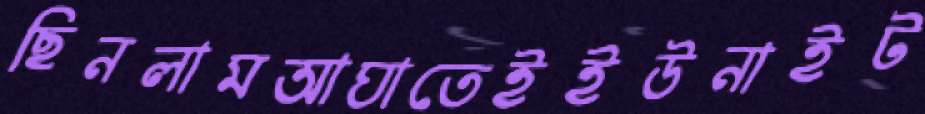
ছিনলামআঘাতেইইউনাইট